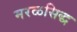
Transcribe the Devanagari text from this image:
मरळसिद्ध